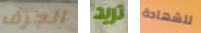
الجرف تريد للشهادة